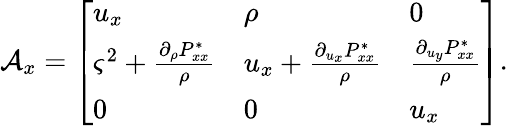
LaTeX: \mathcal{A}_{x}=\left[\begin{array}{lll}{u_{x}}&{\rho}&{0}\\ {\varsigma^{2}+\frac{\partial_{\rho}P_{xx}^{*}}{\rho}}&{u_{x}+\frac{\partial_{u_{x}}P_{xx}^{*}}{\rho}}&{\frac{\partial_{u_{y}}P_{xx}^{*}}{\rho}}\\ {0}&{0}&{u_{x}}\end{array}\right].